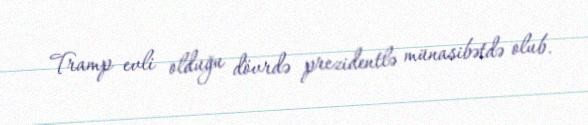
Tramp evli olduğu dövrdə prezidentlə münasibətdə olub.